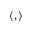
\langle , \rangle